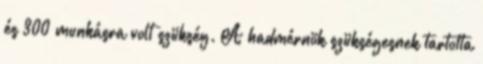
és 300 munkásra volt szükség. A hadmérnök szükségesnek tartotta